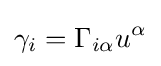
\gamma _{i}=\Gamma _{i\alpha }u^{\alpha }